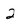
Character: 2